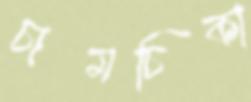
চামচিকা